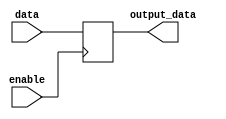
module EnableLatch (
    input data, // Input data
    input enable, // Enable signal
    output reg output_data // Output data
);

always @(posedge enable) begin
    if(enable) begin
        output_data <= data; // Store the input data when enable signal is high
    end
end

endmodule